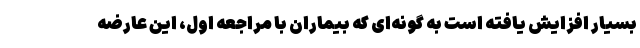
بسیار افزایش یافته است به گونه‌ای که بیماران با مراجعه اول، این عارضه